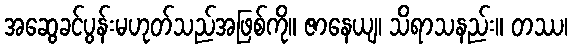
အဆွေခင်ပွန်းမဟုတ်သည်အဖြစ်ကို။ ဇာနေယျ၊ သိရာသနည်း။ တဿ၊